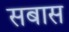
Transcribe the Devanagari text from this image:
सबास